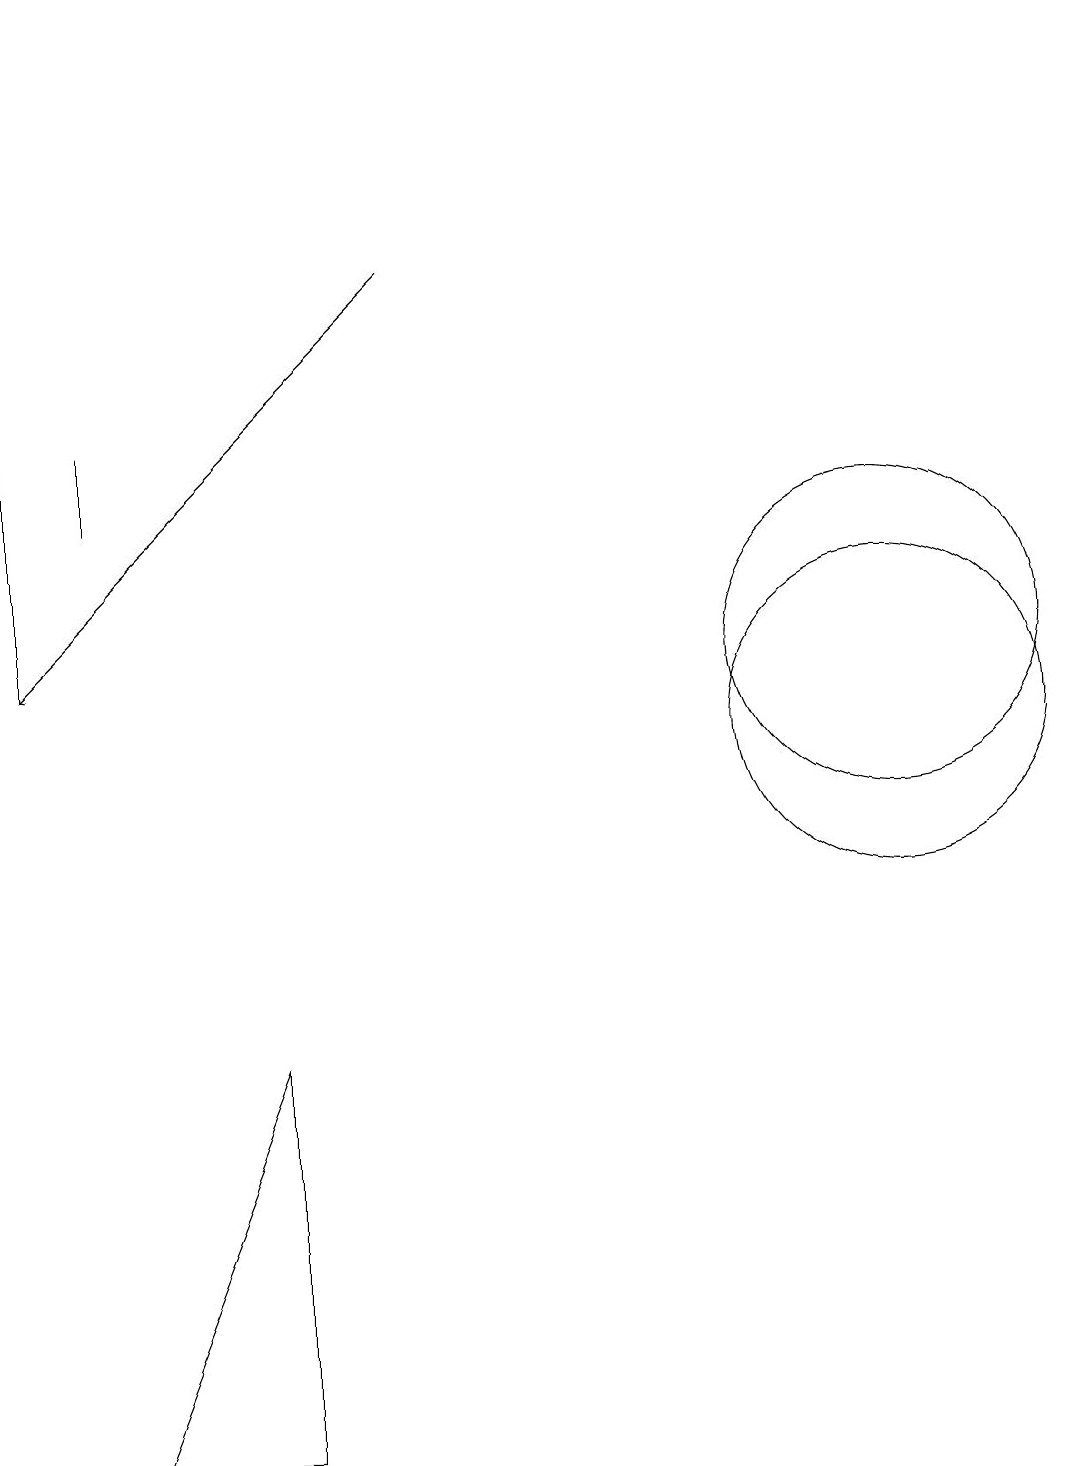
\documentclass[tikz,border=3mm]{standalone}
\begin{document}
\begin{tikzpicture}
\draw (12,11) circle (2);
\draw (4,6) -- (2,1) -- (4,1) -- cycle;
\draw (12,10) circle (2);
\draw (2,13) rectangle (2,14);
\draw (1,19) rectangle (1,11);
\draw[->] (6,16) -- (1,11);
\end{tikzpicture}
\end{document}